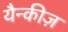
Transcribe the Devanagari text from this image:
यैन्कीज़